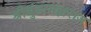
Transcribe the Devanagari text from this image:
श्रीधुंडामहाराज